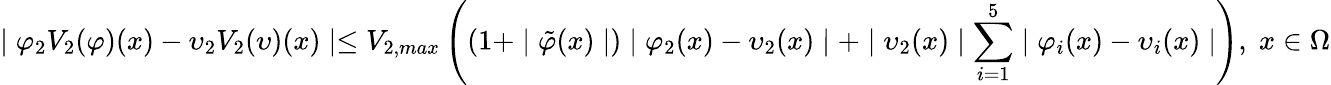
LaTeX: \mid\varphi_{2}V_{2}(\varphi)(x)-\upsilon_{2}V_{2}(\upsilon)(x)\mid\leq V_{2,max}\left((1+\mid\tilde{\varphi}(x)\mid)\mid\varphi_{2}(x)-\upsilon_{2}(x)\mid+\mid\upsilon_{2}(x)\mid\sum_{i=1}^{5}\mid\varphi_{i}(x)-\upsilon_{i}(x)\mid\right),\; x\in\Omega